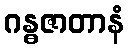
ဂန္ဓဇာတာနံ